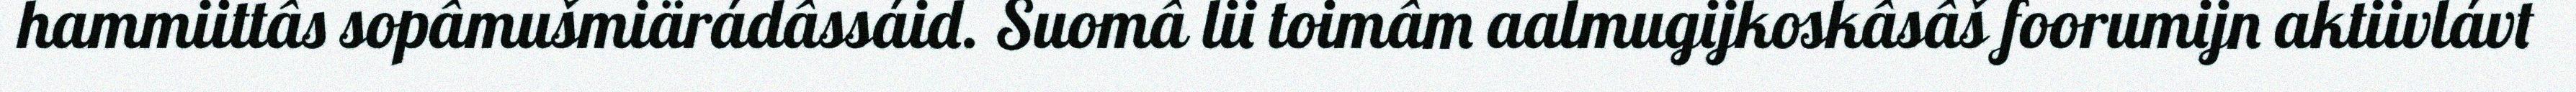
hammiittâs sopâmušmiärádâssáid. Suomâ lii toimâm aalmugijkoskâsâš foorumijn aktiivlávt